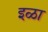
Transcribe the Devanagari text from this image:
इळा